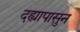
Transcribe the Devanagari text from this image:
दह्यापासुन